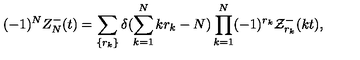
( - 1 ) ^ { N } Z _ { N } ^ { - } ( t ) = \sum _ { \{ r _ { k } \} } \delta ( \sum _ { k = 1 } ^ { N } k r _ { k } - N ) \prod _ { k = 1 } ^ { N } ( - 1 ) ^ { r _ { k } } { \cal Z } _ { r _ { k } } ^ { - } ( k t ) ,